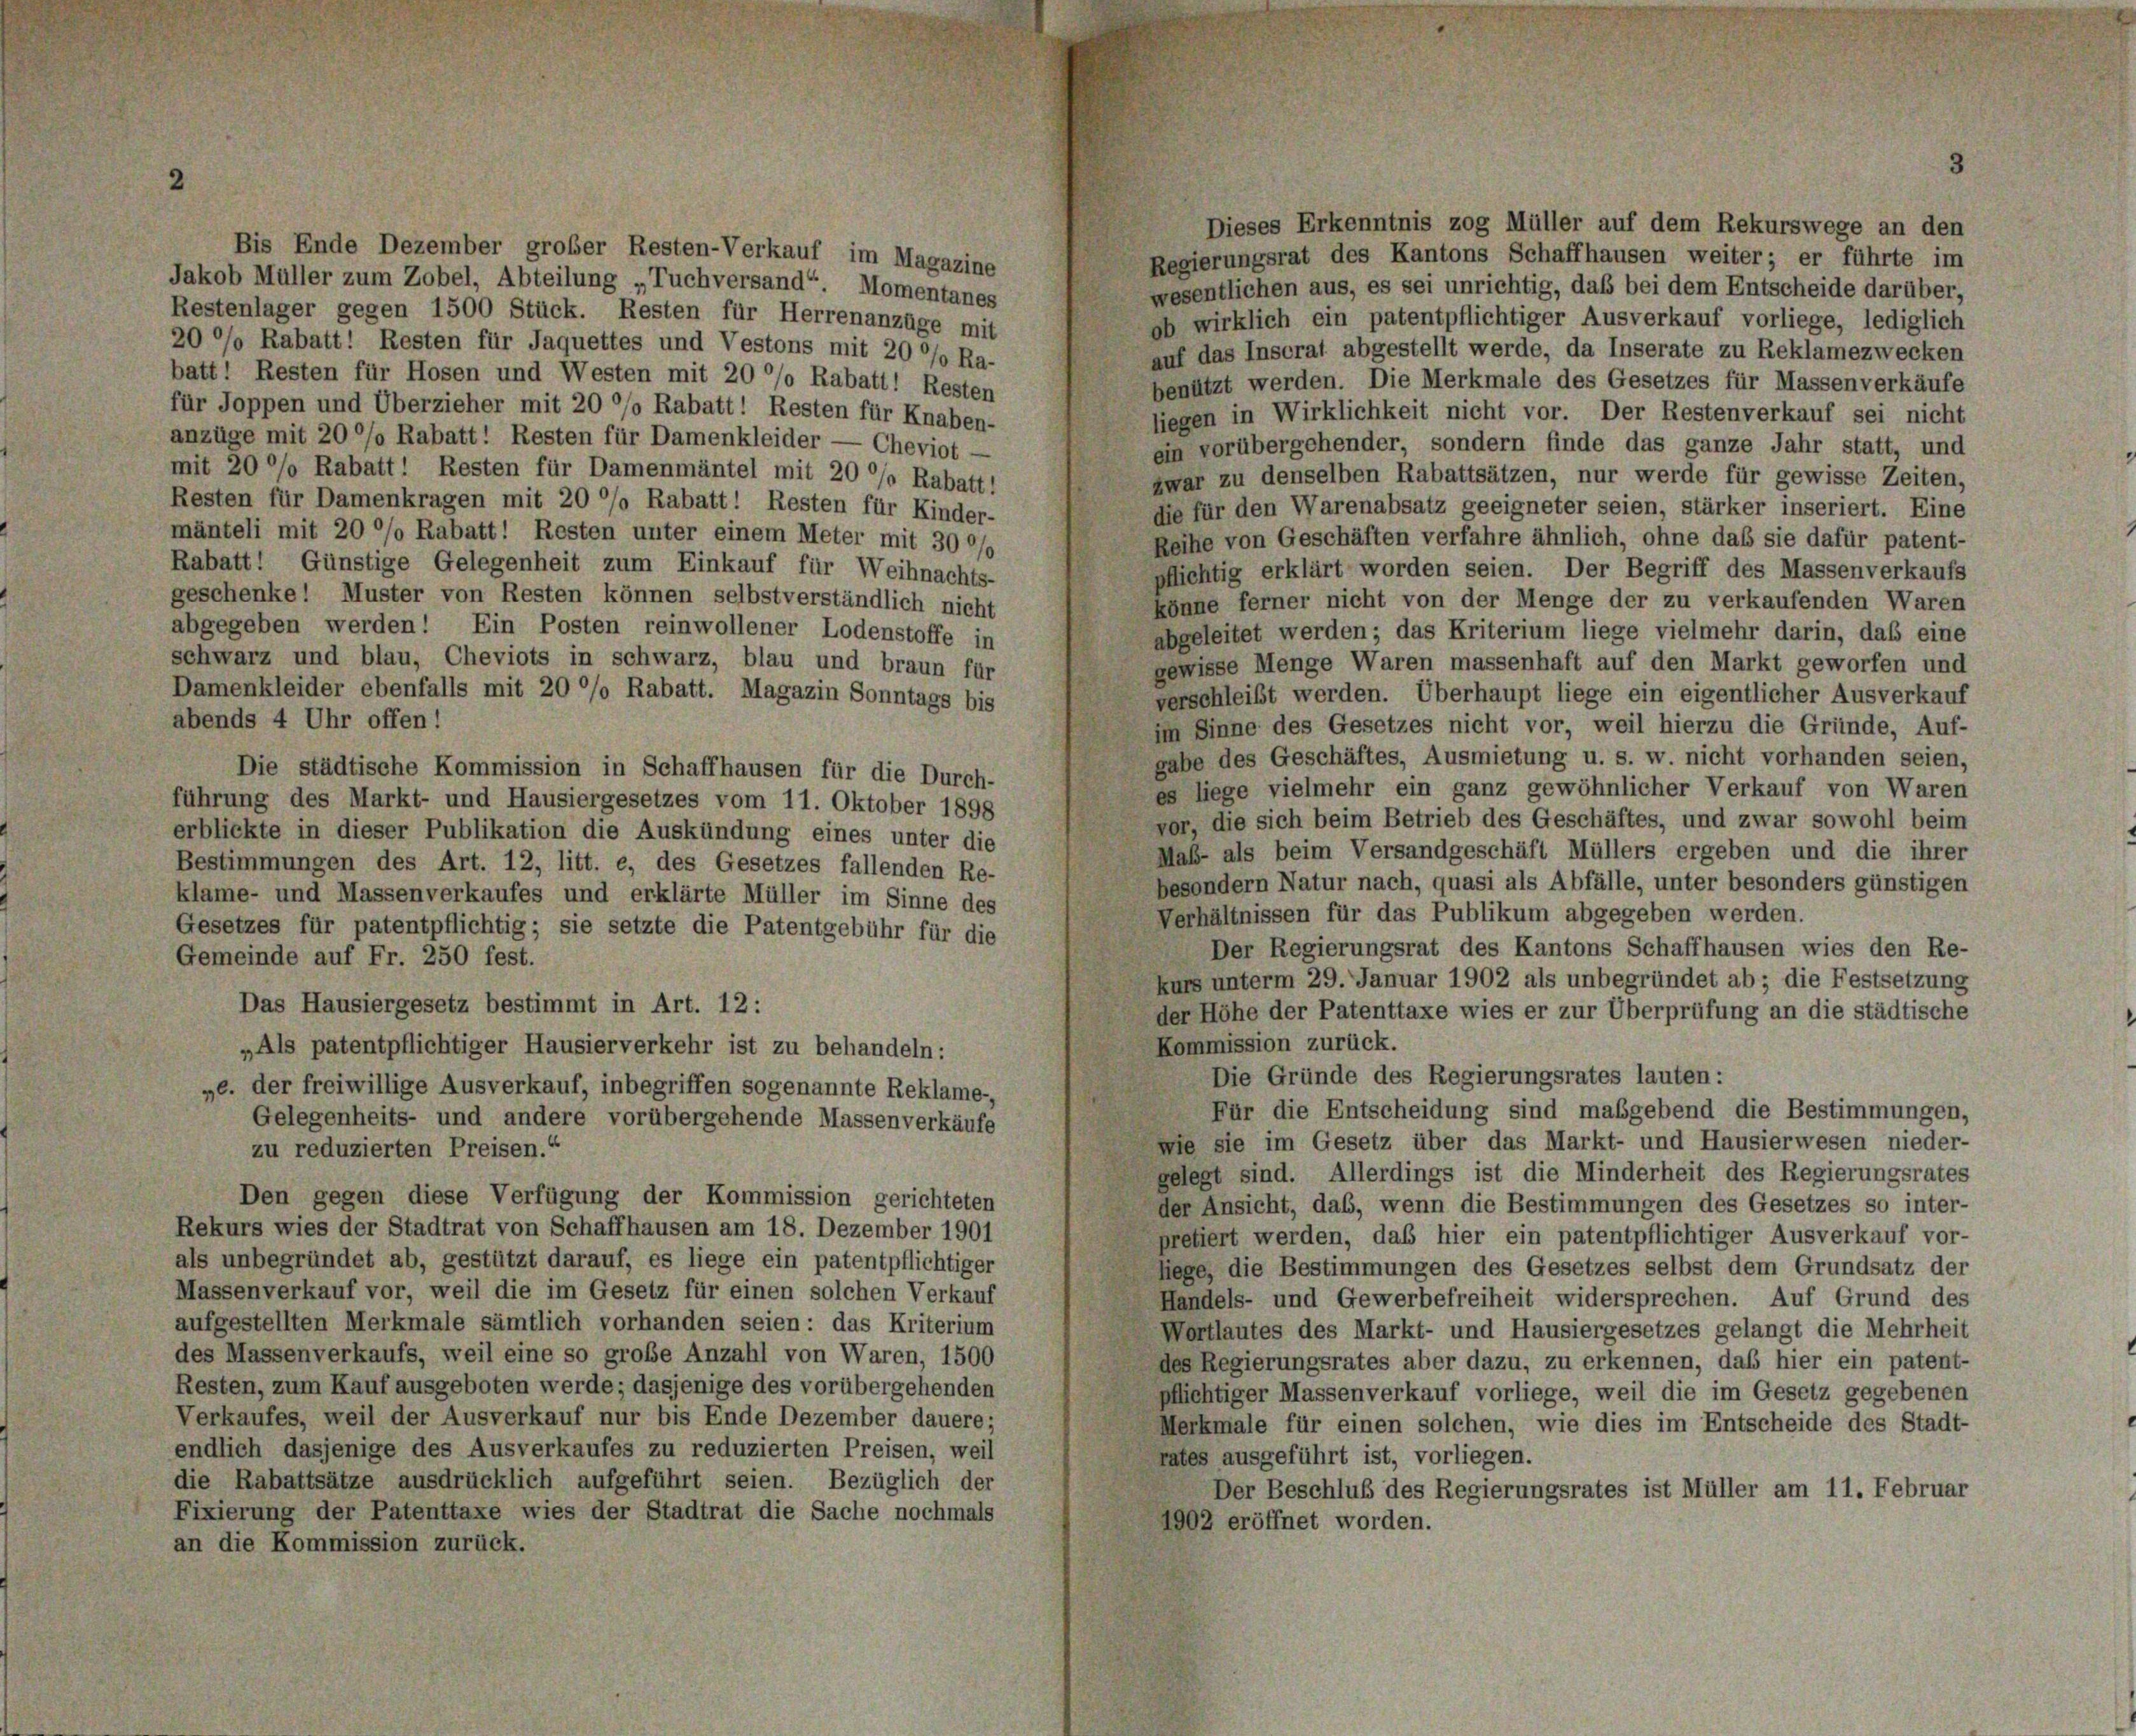
Dieses Erkenntnis zog Müller auf dem Rekurswege an den
Regierungsrat des Kantons Schaffhausen weiter; er führte im
Jakob Müller zum Zobel, Abteilung „Tuchversand“. Momentanes
wesentlichen aus, es sei unrichtig, daß bei dem Entscheide darüber,
Restenlager gegen 1500 Stück. Resten für Herrenanzüge mit
ob wirklich ein patentpflichtiger Ausverkauf vorliege, lediglich
20 °/o Rabatt! Resten für Jaquettes und Vestons mit 20 %% Ra-
auf das Inscrat abgestellt werde, da Inserate zu Reklamezwecken
batt! Resten für Hosen und Westen mit 20 °/o Rabatt! Resten
benützt werden. Die Merkmale des Gesetzes für Massenverkäufe
für Joppen und Überzieher mit 20 %% Rabatt! Resten für Knaben-
liegen in Wirklichkeit nicht vor. Der Restenverkauf sei nicht
anzüge mit 20 % Rabatt! Resten für Damenkleider — Cheviot —
ein vorübergehender, sondern finde das ganze Jahr statt, und
mit 20 %% Rabatt! Resten für Damenmäntel mit 20 %% Rabatt!
zwar zu denselben Rabattsätzen, nur werde für gewisse Zeiten,
Resten für Damenkragen mit 20 %% Rabatt! Resten für Kinder-
die für den Warenabsatz geeigneter seien, stärker inseriert. Eine
mänteli mit 20 %% Rabatt! Resten unter einem Meter mit 300/
Reihe von Geschäften verfahre ähnlich, ohne das sie dafür patent-
Rabatt! Günstige Gelegenheit zum Einkauf für Weihnachts-
pflichtig erklärt worden seien. Der Begriff des Massenverkaufs
geschenke! Muster von Resten können selbstverständlich nicht
könne ferner nicht von der Menge der zu verkaufenden Waren
abgegeben werden! Ein Posten reinwollener Lodenstoffe in
abgeleitet werden; das Kriterium liege vielmehr darin, daß eine
schwarz und blau, Cheviots in schwarz, blau und braun für
gewisse Menge Waren massenhaft auf den Markt geworfen und
Damenkleider ebenfalls mit 20 %% Rabatt. Magazin Sonntags bis
verschleibt werden. Überhaupt liege ein eigentlicher Ausverkauf
abends 4 Uhr offen!
im Sinne des Gesetzes nicht vor, weil hierzu die Gründe, Auf-
gabe des Geschäftes, Ausmietung u. s. w. nicht vorhanden seien,
Die städtische Kommission in Schaffhausen für die Durch-
es liege vielmehr ein ganz gewöhnlicher Verkauf von Waren
führung des Markt- und Hausiergesetzes vom 11. Oktober 1898
vor, die sich beim Betrieb des Geschäftes, und zwar sowohl beim
erblickte in dieser Publikation die Auskündung eines unter die
Mab- als beim Versandgeschäft Müllers ergeben und die ihrer
Bestimmungen des Art. 12, litt. e, des Gesetzes fallenden Re-
besondern Natur nach, quasi als Abfälle, unter besonders günstigen
klame- und Massenverkaufes und erklärte Müller im Sinne des
Verhältnissen für das Publikum abgegeben werden.
Gesetzes für patentpflichtig; sie setzte die Patentgebühr für die
Der Regierungsrat des Kantons Schaffhausen wies den Re-
Gemeinde auf Fr. 250 fest.
kurs unterm 29. Januar 1902 als unbegründet ab; die Festsetzung
Das Hausiergesetz bestimmt in Art. 12 :
der Höhe der Patenttaxe wies er zur Überprüfung an die städtische
Kommission zurück.
„Als patentpflichtiger Hausierverkehr ist zu behandeln:
Die Gründe des Regierungsrates lauten:
„e. der freiwillige Ausverkauf, inbegriffen sogenannte Reklame-
Für die Entscheidung sind maßgebend die Bestimmungen,
Gelegenheits- und andere vorübergehende Massenverkäufe
wie sie im Gesetz über das Markt- und Hausierwesen nieder-
zu reduzierten Preisen.“
gelegt sind. Allerdings ist die Minderheit des Regierungsrates
Den gegen diese Verfügung der Kommission gerichteten
der Ansicht, das, wenn die Bestimmungen des Gesetzes so inter-
Rekurs wies der Stadtrat von Schaffhausen am 18. Dezember 1901
pretiert werden, das hier ein patentpflichtiger Ausverkauf vor-
als unbegründet ab, gestützt darauf, es liege ein patentpflichtiger
Riege, die Bestimmungen des Gesetzes selbst dem Grundsatz der
Massenverkauf vor, weil die im Gesetz für einen solchen Verkauf
Handels- und Gewerbefreiheit widersprechen. Auf Grund des
aufgestellten Merkmale sämtlich vorhanden seien: das Kriterium
Wortlautes des Markt- und Hausiergesetzes gelangt die Mehrheit
des Massenverkaufs, weil eine so große Anzahl von Waren, 1500
des Regierungsrates aber dazu, zu erkennen, daß hier ein patent-
Resten, zum Kauf ausgeboten werde; dasjenige des vorübergehenden
pflichtiger Massenverkauf vorliege, weil die im Gesetz gegebenen
Verkaufes, weil der Ausverkauf nur bis Ende Dezember dauere;
Merkmale für einen solchen, wie dies im Entscheide des Stadt-
endlich dasjenige des Ausverkaufes zu reduzierten Preisen, weil
rates ausgeführt ist, vorliegen.
die Rabattsätze ausdrücklich aufgeführt seien. Bezüglich der
Der Beschluß des Regierungsrates ist Müller am 11. Februar
Fixierung der Patenttaxe wies der Stadtrat die Sache nochmals
1902 eröffnet worden.
an die Kommission zurück.

Bis Ende Dezember großer Resten-Verkauf im Magazine